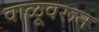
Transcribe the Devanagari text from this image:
वाळूवरून